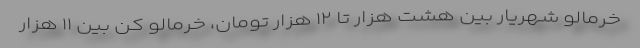
خرمالو شهریار بین هشت هزار تا ۱۲ هزار تومان، خرمالو کن بین ۱۱ هزار